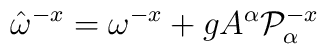
\hat \omega^{-x}= \omega^{-x} + g A^\alpha {\cal P}_{\alpha}^{-x}